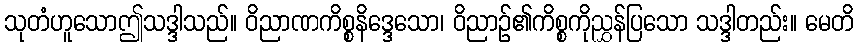
သုတံဟူသောဤသဒ္ဒါသည်။ ဝိညာဏကိစ္စနိဒ္ဒေသော၊ ဝိညာဉ်၏ကိစ္စကိုညွှန်ပြသော သဒ္ဒါတည်း။ မေတိ